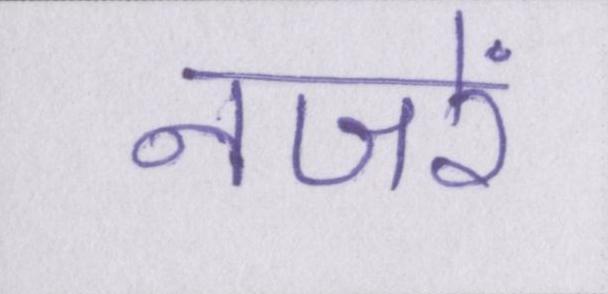
नजरें